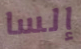
إلسا